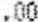
.00